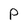
Character: P